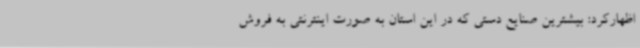
اظهارکرد: بیشترین صنایع دستی که در این استان به صورت اینترنتی به فروش